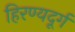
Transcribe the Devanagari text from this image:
हिरण्यदूर्ग